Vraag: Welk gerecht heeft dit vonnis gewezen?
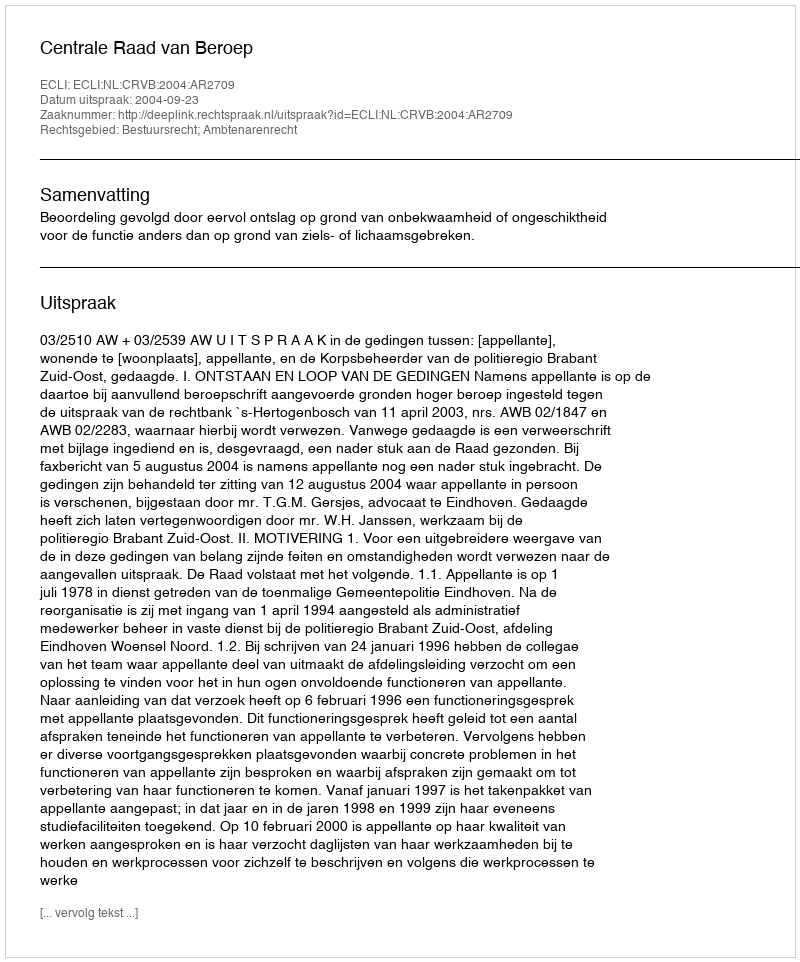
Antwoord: Centrale Raad van Beroep